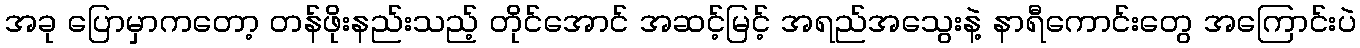
အခု ပြောမှာကတော့ တန်ဖိုးနည်းသည့် တိုင်အောင် အဆင့်မြင့် အရည်အသွေးနဲ့ နာရီကောင်းတွေ အကြောင်းပဲ